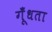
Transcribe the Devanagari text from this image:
गूँधता